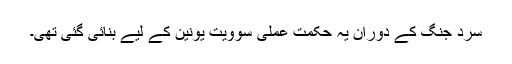
سرد جنگ کے دوران یہ حکمت عملی سوویت یونین کے لیے بنائی گئی تھی۔